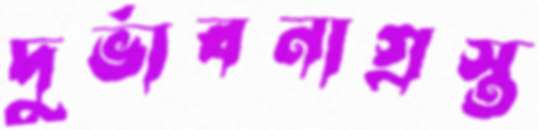
দুর্ভাবনাগ্রস্ত